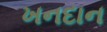
ખનદાન